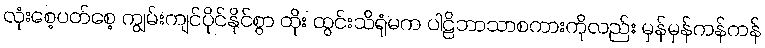
လုံးစေ့ပတ်စေ့ ကျွမ်းကျင်ပိုင်နိုင်စွာ ထိုး ထွင်းသိရုံမက ပါဠိဘာသာစကားကိုလည်း မှန်မှန်ကန်ကန်